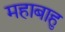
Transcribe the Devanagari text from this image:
महाबाहु